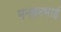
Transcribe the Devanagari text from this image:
मनहरभाई